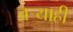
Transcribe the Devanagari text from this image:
बर्‍याही